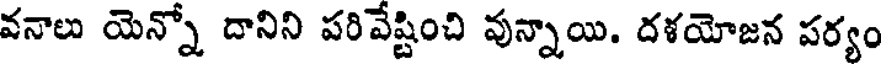
వనాలు యెన్నో దానిని పరివేష్టించి వున్నాయి. దళయోజన పర్యం